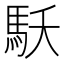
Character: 𩡻